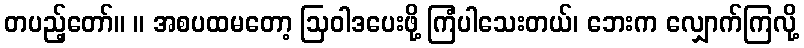
တပည့်တော်။ ။ အစပထမတော့ ဩဝါဒပေးဖို့ ကြံပါသေးတယ်၊ ဘေးက လျှောက်ကြလို့